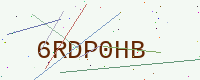
Text: 6RDP0HB